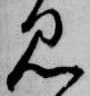
見